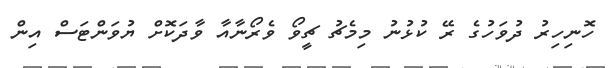
ހޮނިހިރު ދުވަހުގެ ރޭ ކުޅުނު މިމެޗު ޗީވޯ ވެރޯނާއާ ވާދަކޮށް ޔުވަންޓަސް އިން